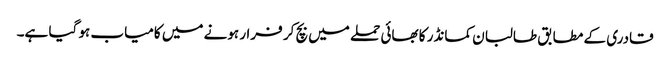
قادری کے مطابق طالبان کمانڈر کا بھائی حملے میں بچ کر فرار ہونے میں کامیاب ہو گیا ہے۔